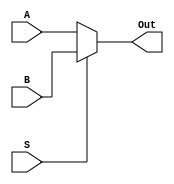
`timescale 1ns / 1ps
//////////////////////////////////////////////////////////////////////////////////
// Company: 
// Engineer: 
// 
// Design Name: 
// Module Name:     MULTIPLEXOR(2 TO 1), 64 Bits 
// Project Name: 
// Target Devices: 
// Tool versions: 
// Description: 
//
// Dependencies: 
//
// Revision: 
// Revision 0.01 - File Created
// Additional Comments: 
//
//////////////////////////////////////////////////////////////////////////////////
module MUX2_1_64(
    input [63:0] A,
    input [63:0] B,
    input S,
    output reg [63:0] Out
    );
	always @(A, B, S)
		case (S)
			1'b0: Out <= A;
			default: Out <= B;
		endcase
endmodule